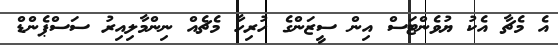
އެ މެޗާ އެކު ޔުވެންޓަސް އިން ސީޒަންގެ ހުރިހާ މެޗެއް ނިންމާލިއިރު ސަސްޕެންޑް